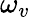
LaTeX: \omega_{v}